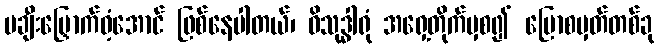
မချီးမြှောက်ဝံ့အောင် ဖြစ်နေပါတယ်၊ ဝိသုဒ္ဓါရုံ အရှေ့တိုက်မှစ၍ ပြောစမှတ်တစ်ခု